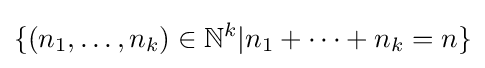
\{(n_{1},\dots ,n_{k})\in \mathbb {N} ^{k}|n_{1}+\cdots +n_{k}=n\}